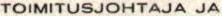
TOIMITUSJOHTAJA JA